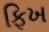
ફિખ